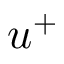
u ^ { + }